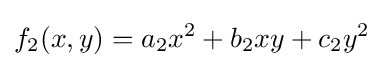
f_{2}(x,y)=a_{2}x^{2}+b_{2}xy+c_{2}y^{2}